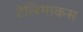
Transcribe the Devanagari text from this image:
टेलिमाकस